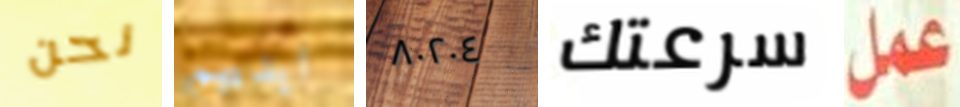
نحن ايديهم ٨٠٢٠٤ سرعتك عمل